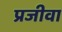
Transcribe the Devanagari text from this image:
प्रजीवा